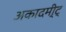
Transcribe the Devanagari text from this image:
अकादमी्ट्